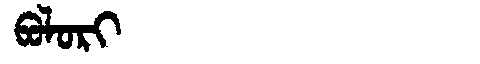
Manchu: ᠪᠣᠯᠣᡵᡳ
Romanization: BOLORI